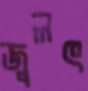
জ্বলৎ